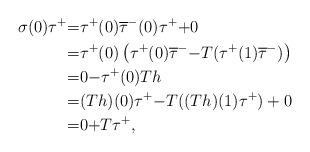
LaTeX: \begin{align*}\sigma(0)\tau^{+}&{=}\tau^{+}(0)\overline{\tau}^{-}(0) \tau^{+}{+}0\\&{=}\tau^{+}(0)\left(\tau^{+}(0)\overline{\tau}^{-} {-}T(\tau^{+}(1)\overline{\tau}^{-})\right)\\&{=} 0 {-}\tau^{+}(0)Th\\&{=}(Th)(0)\tau^{+}{-}T((Th)(1)\tau^{+})+0\\&{=} 0{+}T\tau^{+},\end{align*}